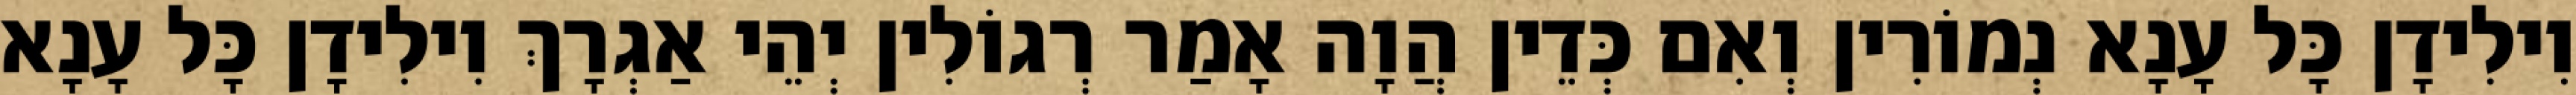
וִילִידָן כָּל עָנָא נְמוֹרִין וְאִם כְּדֵין הֲוָה אָמַר רְגוֹלִין יְהֵי אַגְרָךְ וִילִידָן כָּל עָנָא